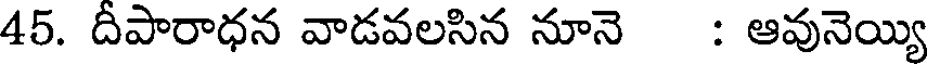
45. దీపారాధన వాడవలసిన నూనె : ఆవునెయ్యి